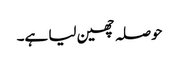
حوصلہ چھین لیا ہے۔